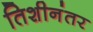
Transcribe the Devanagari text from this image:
तिशीनंतर